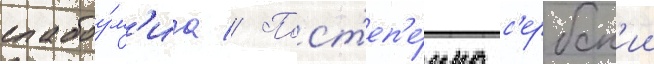
слабоу́м'иа // Пост'еп'е́нно с'ербск'ии